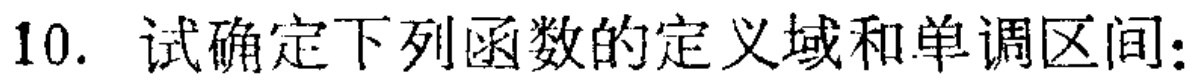
10. 试确定下列函数的定义域和单调区间：